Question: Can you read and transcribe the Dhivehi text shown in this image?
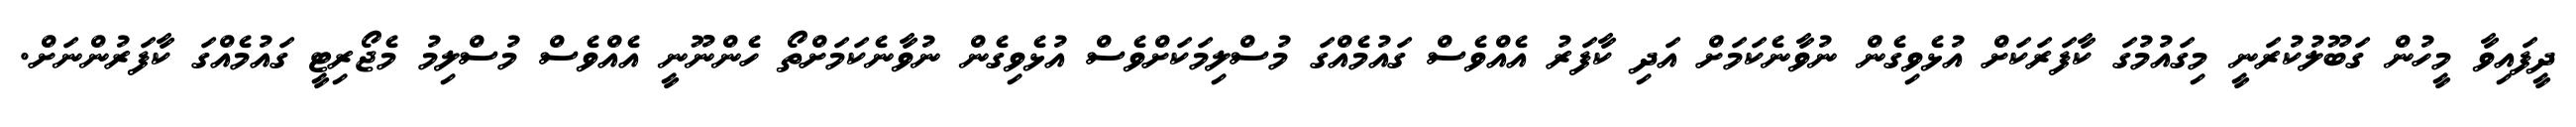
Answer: ދީފައިވާ މީހުން ގަބޫލުކުރަނީ މިގައުމުގަ ކާފަރަކަށް އުޅެވިގެން ނުވާނެކަމަށް އަދި ކާފަރު އެއްވެސް ގައުމެއްގަ މުސްލިމަކަށްވެސް އުޅެވިގެން ނުވާނެކަމަށްތޯ ހެންނޫނީ އެއްވެސް މުސްލިމު މެޖޯރިޓީ ގައުމެއްގަ ކާފަރުންނަށް.